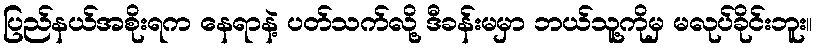
ပြည်နယ်အစိုးရက နေရာနဲ့ ပတ်သက်လို့ ဒီခန်းမမှာ ဘယ်သူ့ကိုမှ မလုပ်ခိုင်းဘူး။